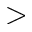
>